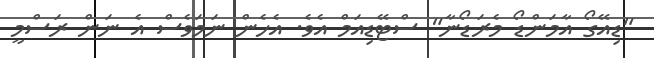
"ޑިއޭގޯ އާމަންޑޯ މެރަޑޯނާ" ސްޓޭޑިއަމް އެވެ. އެހެން ނަމަވެސް އެ ނަން ރަސްމީ